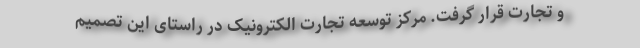
و تجارت قرار گرفت. مرکز توسعه تجارت الکترونیک در راستای این تصمیم